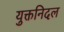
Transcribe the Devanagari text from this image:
युक्तनिदल